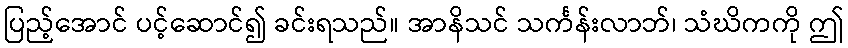
ပြည့်အောင် ပင့်ဆောင်၍ ခင်းရသည်။ အာနိသင် သင်္ကန်းလာဘ်၊ သံဃိကကို ဤ